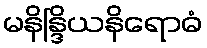
မနိန္ဒြိယနိရောဓံ